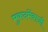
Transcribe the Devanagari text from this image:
मुकदमेंबाजी